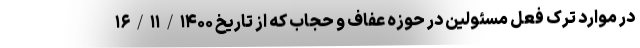
در موارد ترک فعل مسئولین در حوزه عفاف و حجاب که از تاریخ ۱۶/۱۱/۱۴۰۰